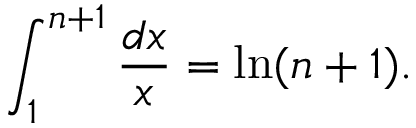
\int _ { 1 } ^ { n + 1 } { \frac { d x } { x } } = \ln ( n + 1 ) .